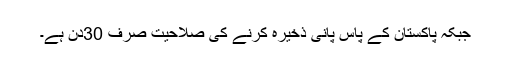
جبکہ پاکستان کے پاس پانی ذخیرہ کرنے کی صلاحیت صرف 30دن ہے۔